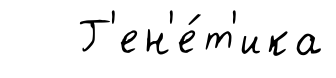
Г'ен'е́т'ика